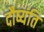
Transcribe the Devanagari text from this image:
दौष्यंति